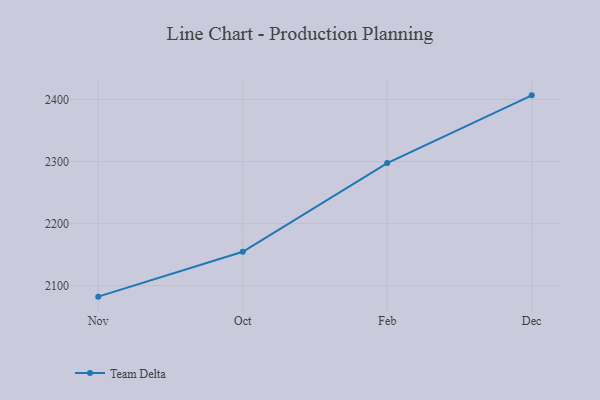
{"axis": {"x": "Month", "y": "Conversion Rate (%)"}, "legend": ["Team Delta"], "data": [{"x": "Nov", "y": 2082.2, "type": "Team Delta"}, {"x": "Oct", "y": 2154.6, "type": "Team Delta"}, {"x": "Feb", "y": 2297.5, "type": "Team Delta"}, {"x": "Dec", "y": 2406.7, "type": "Team Delta"}]}